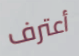
أعترف